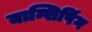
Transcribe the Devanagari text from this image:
यान्शिपिंग